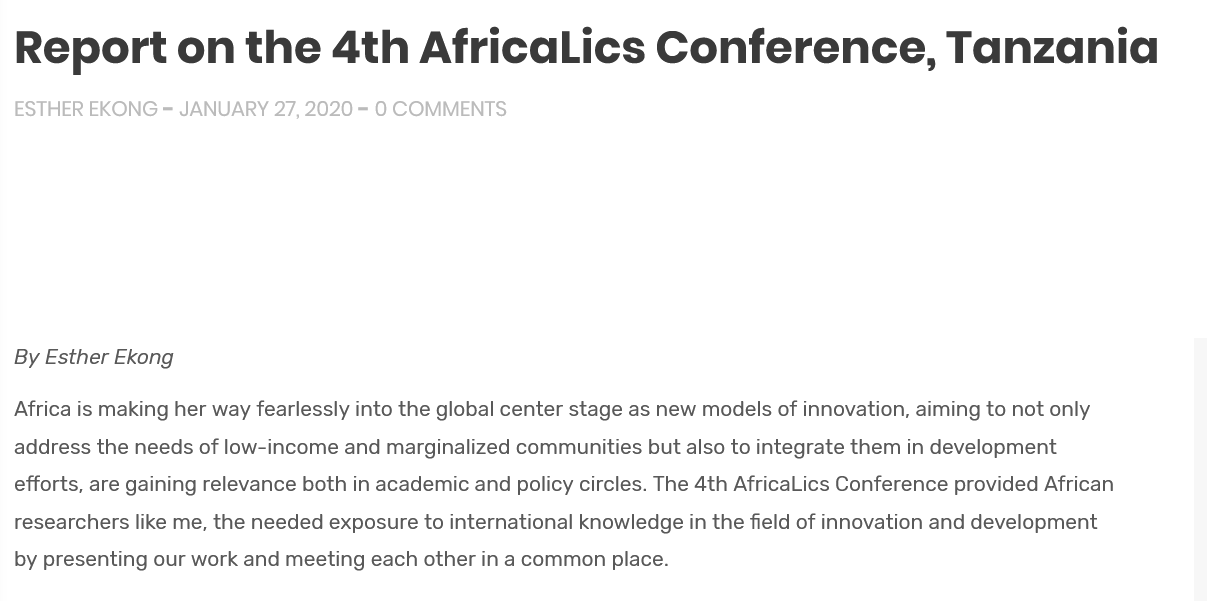
Report    on    the    4th    AfricaLics    Conference,    Tanzania
  ESTHER EKONG = JANUARY 27, 2020 = 0 COMMENTS
  By Esther Ekong
  Africa is making her way fearlessly into the global center stage as new models of innovation, aiming to not only
  address the needs of low-income and marginalized communities but also to integrate them in development
  efforts, are gaining relevance both in academic and policy circles. The 4th AfricaLics Conference provided African
  researchers like me, the needed exposure to international knowledge in the field of innovation and development
  by presenting our work and meeting each other in a common place.